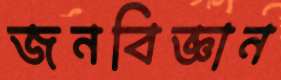
জনবিজ্ঞান